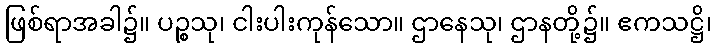
ဖြစ်ရာအခါ၌။ ပဉ္စသု၊ ငါးပါးကုန်သော။ ဌာနေသု၊ ဌာနတို့၌။ ဧကသဋ္ဌိ၊